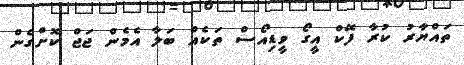
ތައްޔާރު ކުރާ ފޭކް އީގޯ ވީޑިއޯސް ތަކެއް ބަލާ އެމެން ޖަޖް ކޮށްގެން